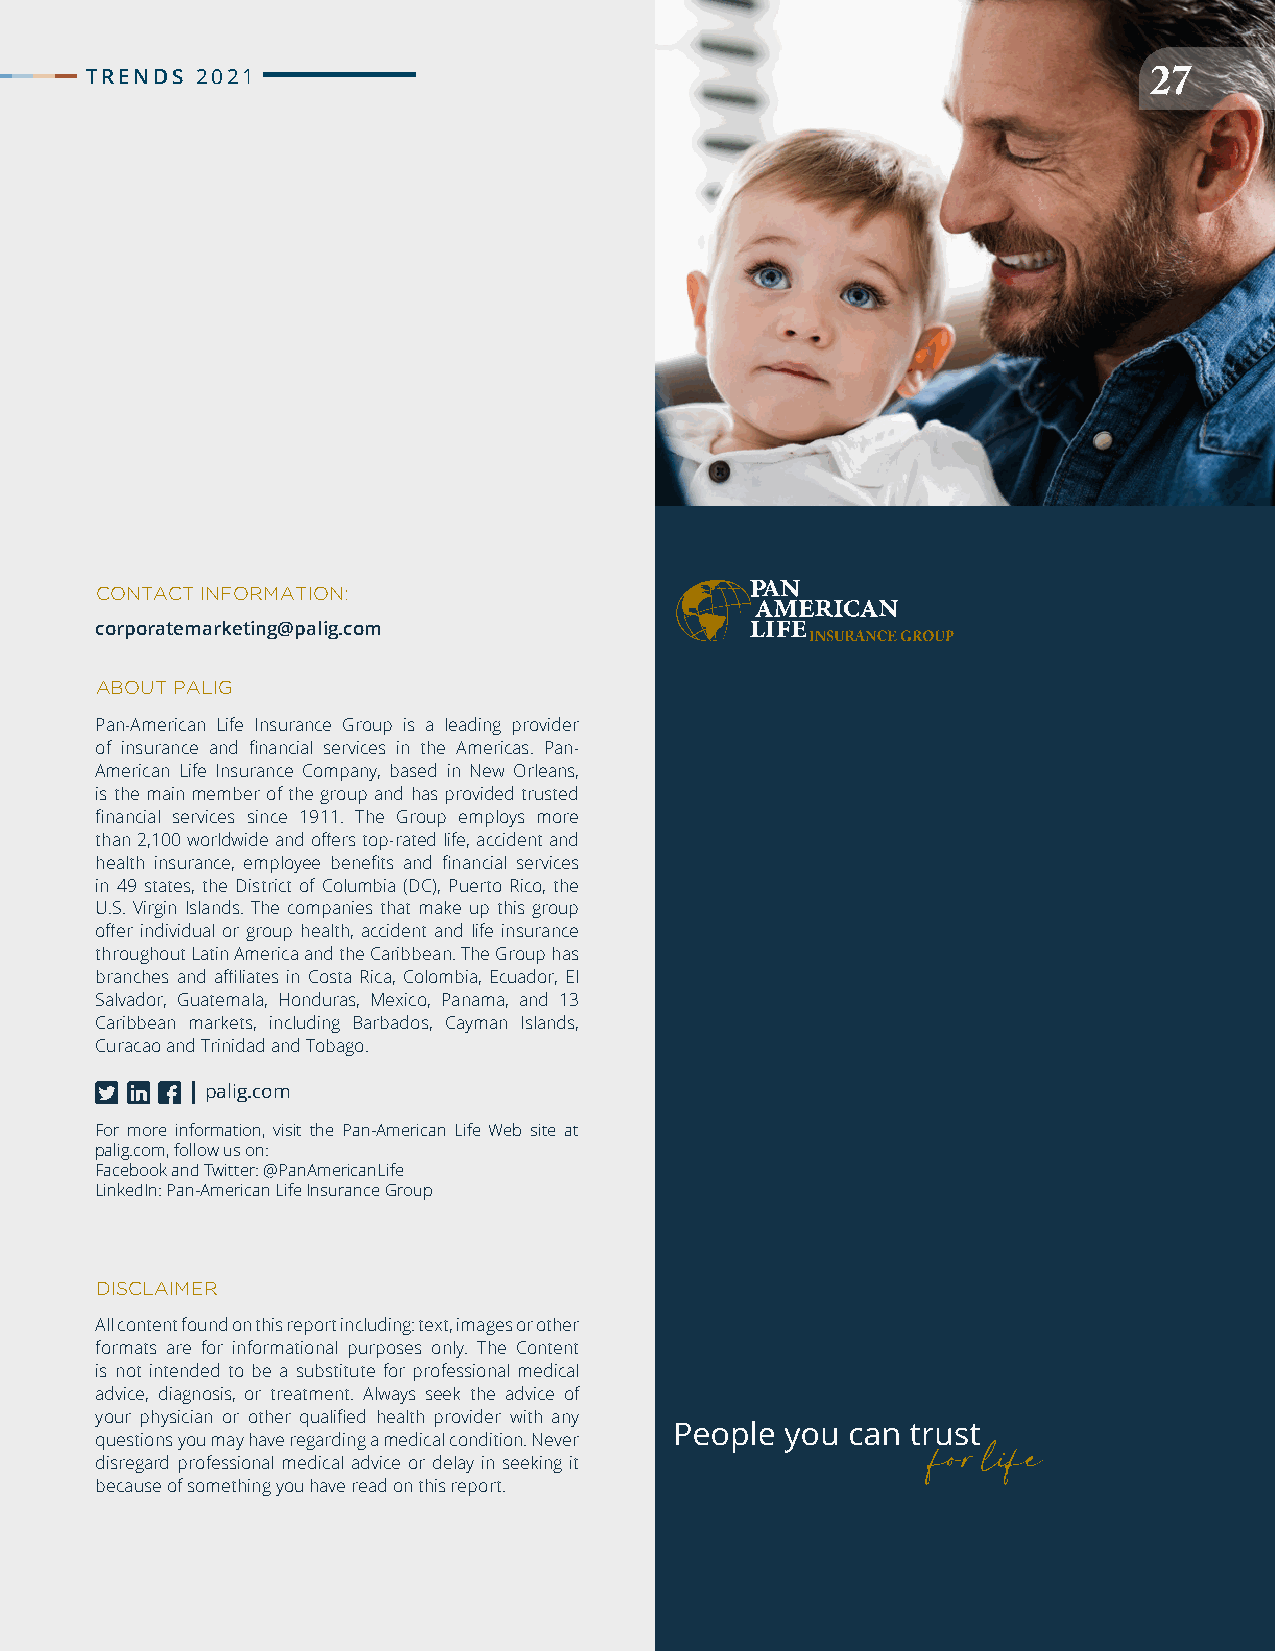
TTRREENNDDSS 22002211
 2277
 CONTACT INFORMATION:
 corporatemarketing@palig.com
 ABOUT PALIG
 Pan-American Life Insurance Group is a leading provider
 of insurance and financial services in the Americas. Pan-
 American Life Insurance Company, based in New Orleans,
 is the main member of the group and has provided trusted
 financial services since 1911. The Group employs more
 than 2,100 worldwide and offers top-rated life, accident and
 health insurance, employee benefits and financial services
 in 49 states, the District of Columbia (DC), Puerto Rico, the
 U.S. Virgin Islands. The companies that make up this group
 offer individual or group health, accident and life insurance
 throughout Latin America and the Caribbean. The Group has
 branches and affiliates in Costa Rica, Colombia, Ecuador, El
 Salvador, Guatemala, Honduras, Mexico, Panama, and 13
 Caribbean markets, including Barbados, Cayman Islands,
 Curacao and Trinidad and Tobago.
 palig.com
 For more information, visit the Pan-American Life Web site at
 palig.com, follow us on:
 Facebook and Twitter: @PanAmericanLife
 LinkedIn: Pan-American Life Insurance Group
 DISCLAIMER
 All content found on this report including: text, images or other
 formats are for informational purposes only. The Content
 is not intended to be a substitute for professional medical
 advice, diagnosis, or treatment. Always seek the advice of
 your physician or other qualified health provider with any
 questions you may have regarding a medical condition. Never
 disregard professional medical advice or delay in seeking it
 because of something you have read on this report.